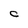
Character: C